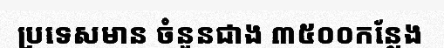
ប្រទេសមាន ចំនួនជាង ៣៥០០កន្លែង